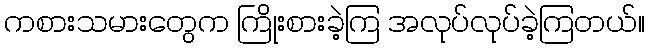
ကစားသမားတွေက ကြိုးစားခဲ့ကြ အလုပ်လုပ်ခဲ့ကြတယ်။